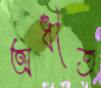
অধীত